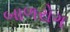
બાળરોગ